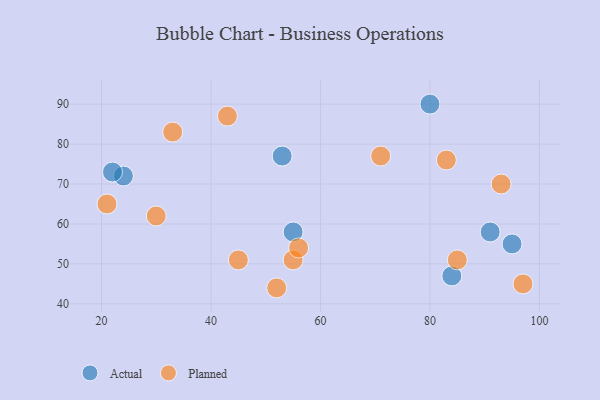
{"axis": {"x": "GDP", "y": "Life Expectancy"}, "legend": ["Actual", "Planned"], "data": [{"x": "24", "y": 72, "type": "Actual"}, {"x": "80", "y": 90, "type": "Actual"}, {"x": "22", "y": 73, "type": "Actual"}, {"x": "91", "y": 58, "type": "Actual"}, {"x": "55", "y": 58, "type": "Actual"}, {"x": "95", "y": 55, "type": "Actual"}, {"x": "53", "y": 77, "type": "Actual"}, {"x": "84", "y": 47, "type": "Actual"}, {"x": "83", "y": 76, "type": "Planned"}, {"x": "43", "y": 87, "type": "Planned"}, {"x": "71", "y": 77, "type": "Planned"}, {"x": "45", "y": 51, "type": "Planned"}, {"x": "33", "y": 83, "type": "Planned"}, {"x": "85", "y": 51, "type": "Planned"}, {"x": "55", "y": 51, "type": "Planned"}, {"x": "30", "y": 62, "type": "Planned"}, {"x": "97", "y": 45, "type": "Planned"}, {"x": "21", "y": 65, "type": "Planned"}, {"x": "93", "y": 70, "type": "Planned"}, {"x": "56", "y": 54, "type": "Planned"}, {"x": "52", "y": 44, "type": "Planned"}]}